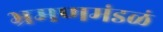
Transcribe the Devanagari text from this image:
भ्रमणमंडळं